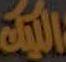
الكلية